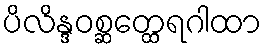
ပိလိန္ဒဝစ္ဆတ္ထေရဂါထာ